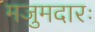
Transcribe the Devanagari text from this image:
मजुमदारः